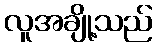
လူအချို့သည်